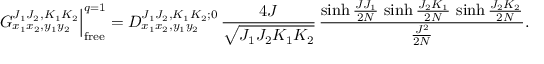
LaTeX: G _ { x _ { 1 } x _ { 2 } , y _ { 1 } y _ { 2 } } ^ { J _ { 1 } J _ { 2 } , K _ { 1 } K _ { 2 } } \Big | _ { \mathrm { f r e e } } ^ { q = 1 } = D _ { x _ { 1 } x _ { 2 } , y _ { 1 } y _ { 2 } } ^ { J _ { 1 } J _ { 2 } , K _ { 1 } K _ { 2 } ; 0 } \, \frac { 4 J } { \sqrt { J _ { 1 } J _ { 2 } K _ { 1 } K _ { 2 } } } \, \frac { \sinh \frac { J J _ { 1 } } { 2 N } \, \sinh \frac { J _ { 2 } K _ { 1 } } { 2 N } \, \sinh \frac { J _ { 2 } K _ { 2 } } { 2 N } } { \frac { J ^ { 2 } } { 2 N } } .